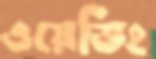
ওয়েভিং